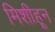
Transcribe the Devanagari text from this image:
मिशीहून